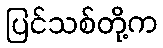
ပြင်သစ်တို့က